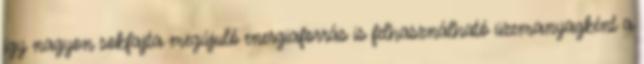
így nagyon sokfajta megújuló energiaforrás is felhasználható üzemanyagként a